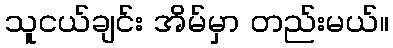
သူငယ်ချင်း အိမ်မှာ တည်းမယ်။